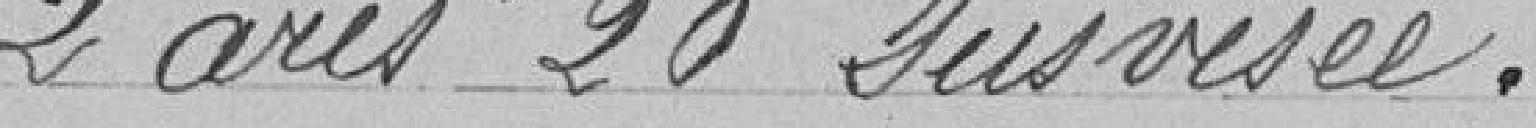
2 ares 20 susvisée.